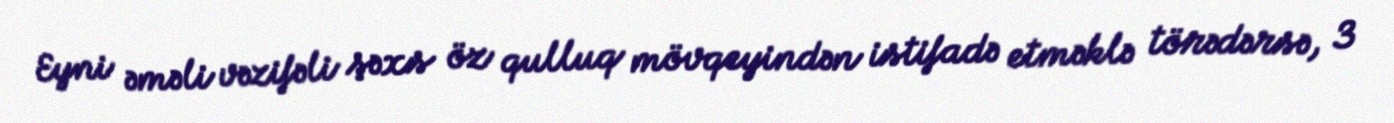
Eyni əməli vəzifəli şəxs öz qulluq mövqeyindən istifadə etməklə törədərsə, 3